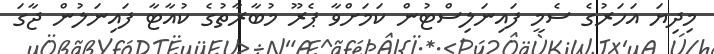
މިދިޔަ އަހަރުގެ ސެމީ ފައިނަލިސްޓުން ކަމަށްވާ ޕެރޫ މުބާރާތުގެ ކުއާޓާ ފައިނަލުން ޖާގަ